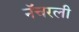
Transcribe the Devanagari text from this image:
नॅचरली